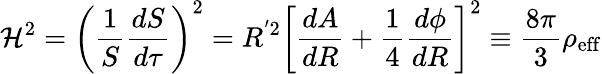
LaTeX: \mathcal{H}^{2}=\left(\frac{{1}}{{S}}\frac{{dS}}{{d\tau}}\right)^{2}=R^{'2}\left[\frac{{dA}}{{dR}}+\frac{{1}}{{4}}\frac{{d\phi}}{{dR}}\right]^{2}\equiv\frac{{8\pi}}{{3}}\rho_{\mathrm{{eff}}}